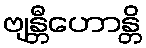
ဗျန္တီဟောန္တိ